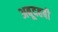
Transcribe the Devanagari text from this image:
अबूदहबी